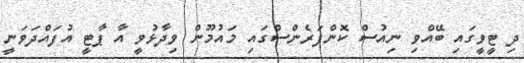
ދި ޓީވީގައި ބޭއްވި ނިއުސް ކޮންފަރެންސްގައި މައުމޫން ވިދާޅުވީ އާ ޕާޓީ އުފައްދަވަނީ